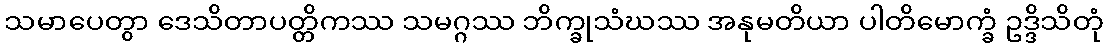
သမာပေတွာ ဒေသိတာပတ္တိကဿ သမဂ္ဂဿ ဘိက္ခုသံဃဿ အနုမတိယာ ပါတိမောက္ခံ ဥဒ္ဒိသိတုံ